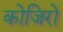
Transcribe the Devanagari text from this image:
कोजिरो